Civil Veterinary Department Bengal reports 1923-33 - 1923-1933
Year: 1923
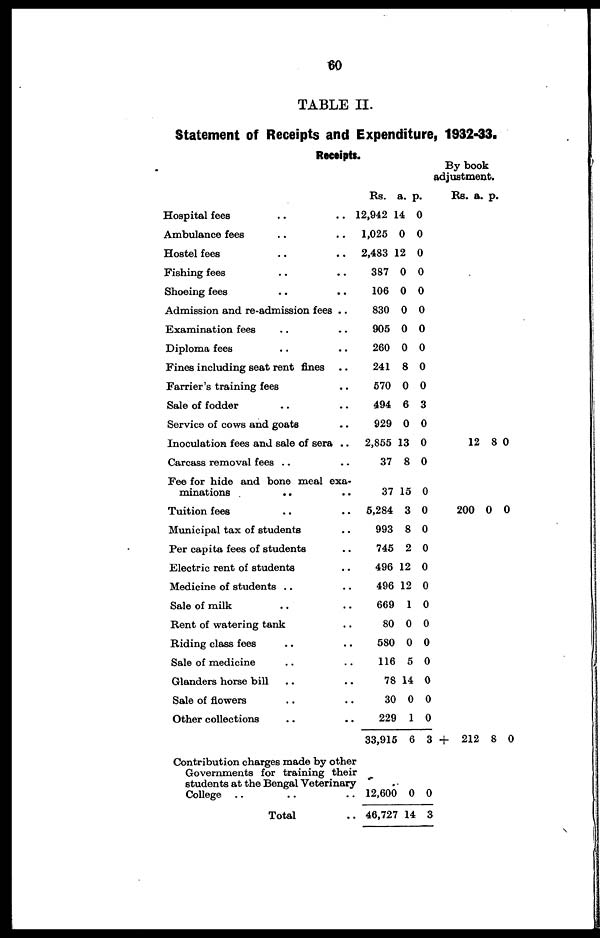
60
TABLE II.
Statement of Receipts and Expenditure, 1932-33.
Receipts.
Hospital fees
.. ..
Ambulance fees .. ..
Hostel fees .. ..
Fishing fees .. ..
Shoeing fees .. ..
Admission and re-admission fees ..
Examination fees .. ..
Diploma fees .. ..
Fines including seat rent fines ..
Farrier's training fees ..
Sale of fodder .. ..
Service of cows and goats ..
Inoculation fees and sale of sera ..
Carcass removal fees .. ..
Fee for hide and bone meal exa-
minations
.. ..
Tuition fees .. ..
Municipal tax of students ..
Per capita fees of students ..
Electric rent of students ..
Medicine of students .. ..
Sale of milk .. ..
Rent of watering tank ..
Riding class fees .. ..
Sale of medicine .. ..
Glanders horse bill .. ..
Sale of flowers .. ..
Other collections .. ..
Contribution charges made by other
Governments for training their
students at the Bengal Veterinary
College .. .. ..
Total ..
Rs.
12,942
1,025
2,483
387
106
830
905
260
241
570
494
929
2,855
37
37
5,284
993
745
496
496
669
80
580
116
78
30
229
33,915
12,600
46,727
a.
14
0
12
0
0
0
0
0
8
0
6
0
13
8
15
3
8
2
12
12
1
0
0
5
14
0
1
6
0
14
p.
0
0
0
0
0
0
0
0
0
0
3
0
0
0
0
0
0
0
0
0
0
0
0
0
0
0
0
3
0
3
By book
adjustment.
Rs.
12
200
+ 212
a.
8
0
8
p.
0
0
0